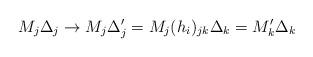
LaTeX: \begin{align*}M_j\Delta _j\rightarrow M_j\Delta '_j=M_j(h_i)_{jk}\Delta_k=M'_k\Delta _k\end{align*}